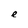
Character: e